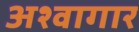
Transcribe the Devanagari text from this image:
अश्वागार